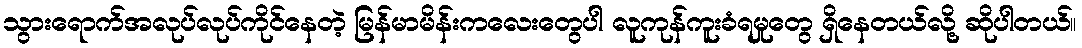
သွားရောက်အလုပ်လုပ်ကိုင်နေတဲ့ မြန်မာမိန်းကလေးတွေပါ လူကုန်ကူးခံရမှုတွေ ရှိနေတယ်လို့ ဆိုပါတယ်။